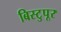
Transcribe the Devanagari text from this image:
बिस्टुपूर